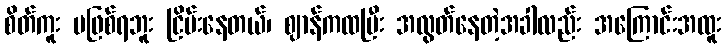
စိတ်ကူး မဖြစ်ရဘူး ငြိမ်းနေတယ်၊ ဈာန်ကထပြီး အလွတ်နေတဲ့အခါလည်း အကြောင်းအထူး